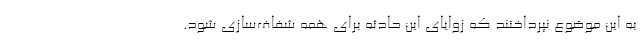
به این موضوع نپرداختند که زوایای این حادثه برای همه شفاف‌سازی شود.